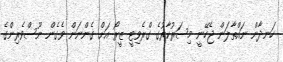
ހަނދާން ނައްތާލަން ޖެހޭނީ މިސަރުކާރުގެ ގްރެވިޓީ ޒީރޯ އަށް ގެންނަން ވެގެން ނޫސްވެރިންގެ